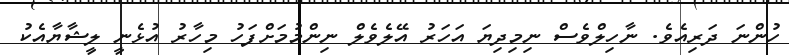
ހުންނަ ދަރިއެވެ. ނާހިލްވެސް ނިމިދިޔަ އަހަރު އޭލެވެލް ނިންމުމަށްފަހު މިހާރު އުޅެނީ ލީޝާޔާއެކު